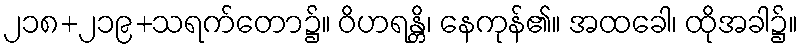
၂၁၈+၂၁၉+သရက်တော၌။ ဝိဟရန္တိ၊ နေကုန်၏။ အထခေါ၊ ထိုအခါ၌။